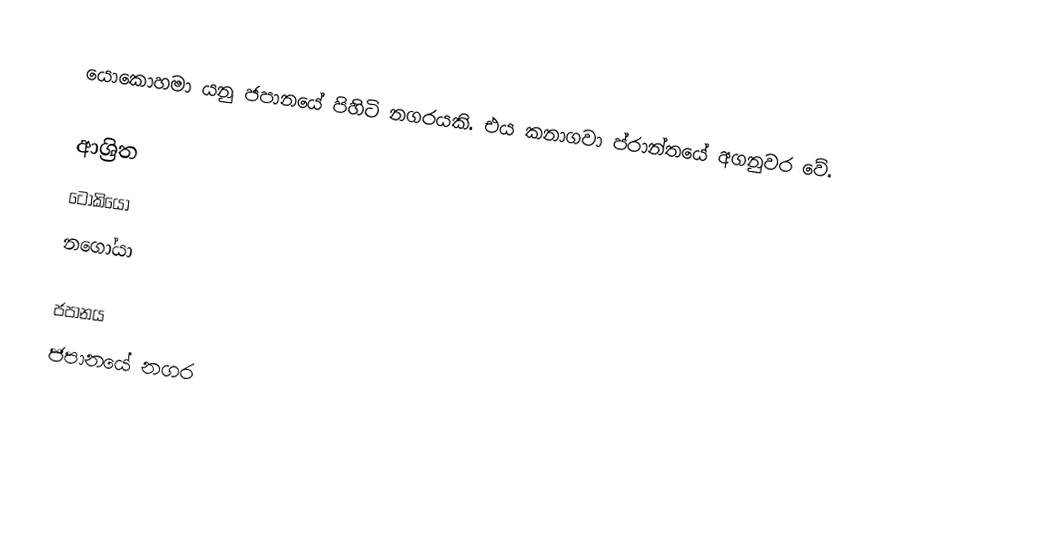
යොකොහමා යනු ජපානයේ පිහිටි නගරයකි. එය කනාගවා ප්රාන්තයේ අගනුවර වේ.

ආශ්‍රිත
 ටෝකියෝ
 නගෝයා

ජපානය
ජපානයේ නගර